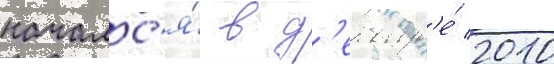
началс'я́ в д'екабр'е́ 2010